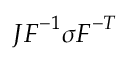
J { \boldsymbol { F } } ^ { - 1 } { \boldsymbol { \sigma } } { \boldsymbol { F } } ^ { - T }